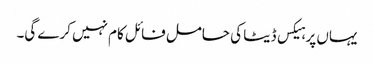
یہاں پر ہیکس ڈیٹا کی حامل فائل کام نہیں کرے گی۔